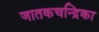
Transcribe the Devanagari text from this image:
जातकचन्द्रिका